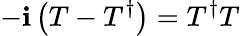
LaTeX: -\mathbf{i}\left(T-T^{\dagger}\right)=T^{\dagger}T